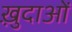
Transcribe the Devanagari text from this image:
ख़़ुदाओं